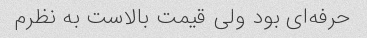
حرفه‌ای بود ولی قیمت بالاست به نظرم